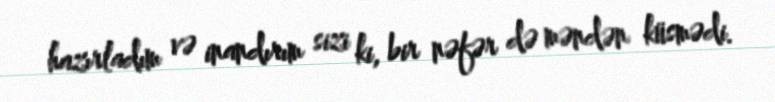
hazırladım və inandırım sizi ki, bir nəfər də məndən küsmədi.